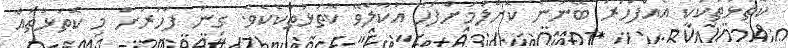
ކޮތަޅުތަކަކީ އެއްފަހަރު ބޭނުން ކޮށްލުމަށްފަހު އުކާލެވޭ ކޮތަޅުތަކެކެވެ. ގިނަ ފަހަރަށް މި ކޮތަޅުތައް